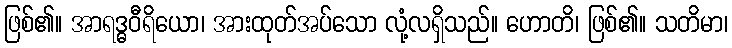
ဖြစ်၏။ အာရဒ္ဓဝီရိယော၊ အားထုတ်အပ်သော လုံ့လရှိသည်။ ဟောတိ၊ ဖြစ်၏။ သတိမာ၊